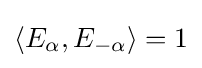
\langle E_{\alpha },E_{-\alpha }\rangle =1